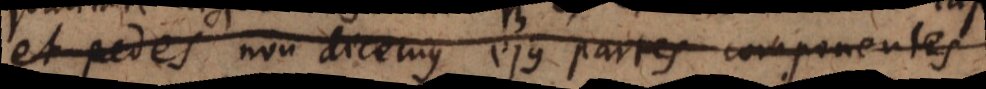
et pedes non dicemus ejus partes componentes,